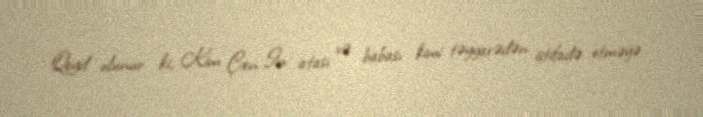
Qeyd olunur ki, Kim Çen In atası və babası kimi təyyarədən istifadə etməyə